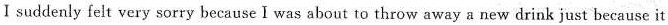
I suddenly felt very sorry because I was about to throw away a new drink just because it